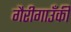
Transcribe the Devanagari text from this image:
गैरीगाउँकी